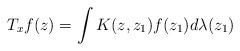
LaTeX: \begin{align*}T_{x}f(z)=\int K(z,z_{1})f(z_{1})d\lambda(z_{1})\end{align*}